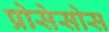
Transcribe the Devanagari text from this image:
प्रोसेसोस